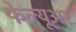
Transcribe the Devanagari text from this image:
फेल्यूअर